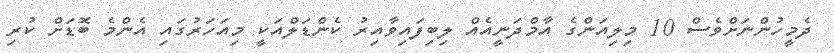
ދެމީހުންނަށްވެސް 10 މިލިއަންގެ އާމްދަނީއެއް ލިބިފައިވާއިރު ކެންޑަލްއަކީ މިއަހަރުގައި އެންމެ ބޮޑަށް ކުރި